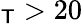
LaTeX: _\mathsf{T}>20